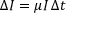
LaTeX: \Delta I = \mu I \, \Delta t